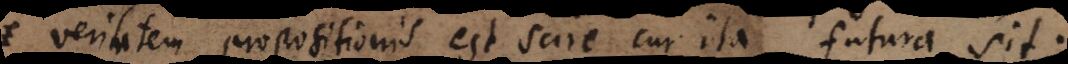
veritatem propositionis est scire cur ita futura sit.